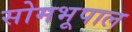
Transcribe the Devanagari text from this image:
सोमभूपाल